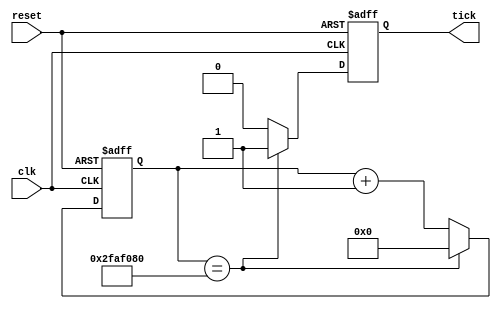
module tx_tick_generator #(
	parameter tick_time = 32'd1000,
	parameter frequency = 32'd100000
	)(
	input wire clk,
	input wire reset,
	output reg tick,
	);

	reg [32:0] count;
	localparam [32:0] count_threshold = tick_time * frequency / 2;
	
	initial begin
		tick = 1'b0;
		count = 32'b0;
	end

	always @(posedge(clk),posedge(reset)) begin
		if(reset) begin
			count = 32'b0;
			tick = 1'b0;
		end else begin
			if(count == count_threshold) begin
				count = 32'b0;
				tick = 1'b1;
			end else begin
				tick = 1'b0;
				count = count + 1;
			end
		end
	end

endmodule